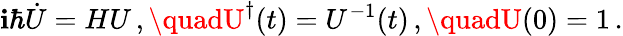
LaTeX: \mathbf{i}\hbar{\dot{{U}}}=HU\, ,\quadU^{\dagger}(t)=U^{-1}(t)\, ,\quadU(0)=1\, .